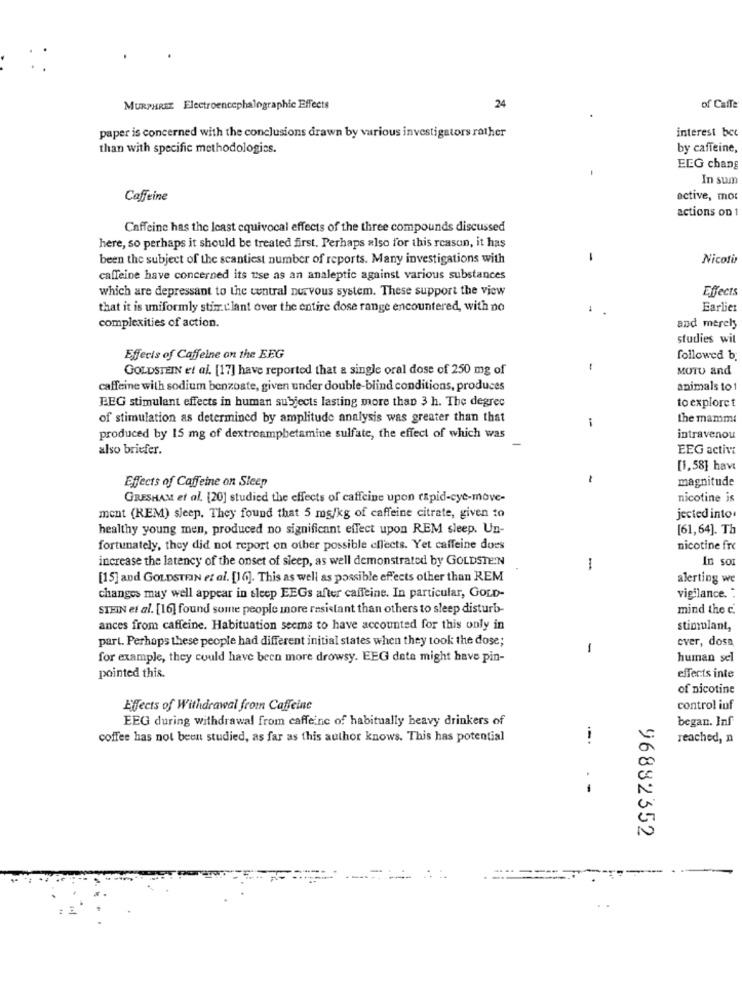
24
MURPHRET Electroencephalographic Effects
of Caffe
paper is concerned with the conclusions drawn by various investigators rather
interest bec
than with specific methodologies.
by caffeine,
EEG chang
In sum
Caffeine
active, mor
actions on 1
Caffeine has the least equivocal effects of the three compounds discussed
here, so perhaps it should be treated first. Perhaps also for this reason, it has
been the subject of the scantiest number of reports. Many investigations with
-
Nicoti
caffeine have concerned its use as an analeptic against various substances
which are depressant to the central nervous system. These support the view
Effects
that it is uniformly stimulant over the entire dose range encountered, with no
Earlier
complexities of action.
and merely
studies wit
Effects of Caffeine on the EEG
followed b.
GOLDSTEIN et al. [17] have reported that a single oral dose of 250 mg of
--
MOTU and
caffeine with sodium benzoate, given under double-blind conditions, produces
animals to 1
BEG stimulant effects in human subjects lasting more than 3 h. The degree
to explore t
of stimulation as determined by amplitude analysis was greater than that
the mamma
produced by 15 mg of dextroamphetamine sulfate, the effect of which was
intravenou
also briefer.
EEG activi
[1,58] have
Effects of Caffeine on Sleep
-
magnitude
GRESHAM et al. [20] studied the effects of caffeine upon tapid-cye-move-
nicotine is
ment (REM) sleep. They found that 5 mg/kg of caffeine citrate, given to
jected into.
healthy young men, produced no significant effect upon REM sleep. Un-
[61,64]. Th
fortunately, they did not report on other possible effects. Yet caffeine does
nicotine fre
increase the latency of the onset of sleep, as well demonstrated by GOLDSTEIN
In sor
1
[15] and GOLDSTEIN et al. [16]. This as well as possible effects other than REM
alerting we
changes may well appear in sleep EEGs after caffeine. In particular, GOLD-
vigilance. :
STEIN et al. [16] found some people inore resistant than others to sleep disturb-
mind the c.
ances from caffeine. Habituation seems to have accounted for this only in
stimulant,
part. Perhaps these people had different initial states when they took the dose;
ever, dosa
1
for example, they could have been more drowsy. EEG date might have pin-
human sel
pointed this.
effects inte
of nicotine
Effects of Withdrawal from Caffeine
control inf
EEG during withdrawal from caffeine of habitually heavy drinkers of
began. Inf
coffee has not been studied, as far as this author knows. This has potential
reached, n
--
96882352